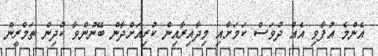
އެންމެ އުފާވި އެއް ދުވަސް ކަމަށާއި މިދާއިރާއިން ކުރިއަށްދާން ބޭނުންވާ ކުދިން ތަމްރީން